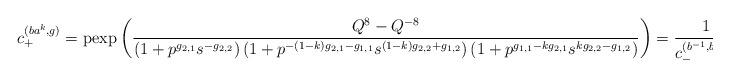
LaTeX: \begin{align*}c_+^{(ba^k,g)}=\mathrm{pexp}\left(\frac{Q^8-Q^{-8}}{\left(1+p^{g_{2,1}} s^{-g_{2,2}}\right) \left(1+p^{-(1-k) g_{2,1}-g_{1,1}} s^{(1-k) g_{2,2}+g_{1,2}}\right) \left(1+p^{g_{1,1}-k g_{2,1}} s^{k g_{2,2}-g_{1,2}}\right)}\right)=\frac1{c_-^{(b^{-1},ba^kg)}}=:\lambda\end{align*}